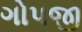
ગોપજી